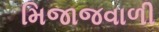
મિજાજવાળી